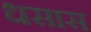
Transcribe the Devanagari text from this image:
धसास